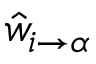
\hat { w } _ { i \to \alpha }